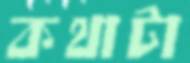
কথাটা